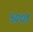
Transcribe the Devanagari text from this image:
५००९